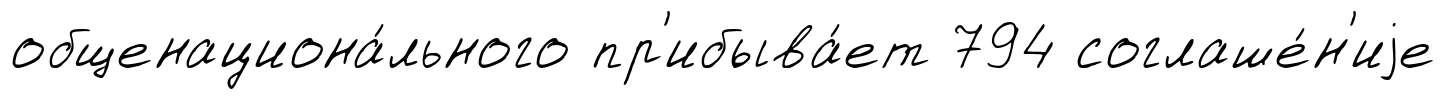
общенациона́льного пр'ибыва́ет 794 соглаше́н'иjе